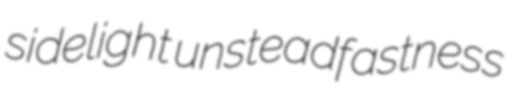
sidelight unsteadfastness